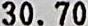
30.70